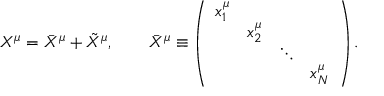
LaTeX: X ^ { \mu } = \bar { X } ^ { \mu } + \tilde { X } ^ { \mu } , \qquad \bar { X } ^ { \mu } \equiv \left( \begin{array} { l l l l } { { x _ { 1 } ^ { \mu } } } & { { } } & { { } } & { { } } \\ { { } } & { { x _ { 2 } ^ { \mu } } } & { { } } & { { } } \\ { { } } & { { } } & { { \ddots } } & { { } } \\ { { } } & { { } } & { { } } & { { x _ { N } ^ { \mu } } } \end{array} \right) .